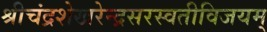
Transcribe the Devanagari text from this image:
श्रीचंद्रशेखरेन्द्रसरस्वतीविजयम्